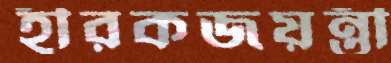
হীরকজয়ন্তী